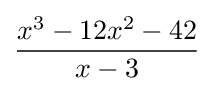
{\frac {x^{3}-12x^{2}-42}{x-3}}